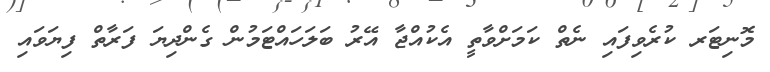
މޮނިޓަރ ކުރެވިފައި ނެތް ކަމަށްވާތީ އެކުއްޖާ އޭރު ބަލަހައްޓަމުން ގެންދިޔަ ފަރާތް ފިޔަވައި